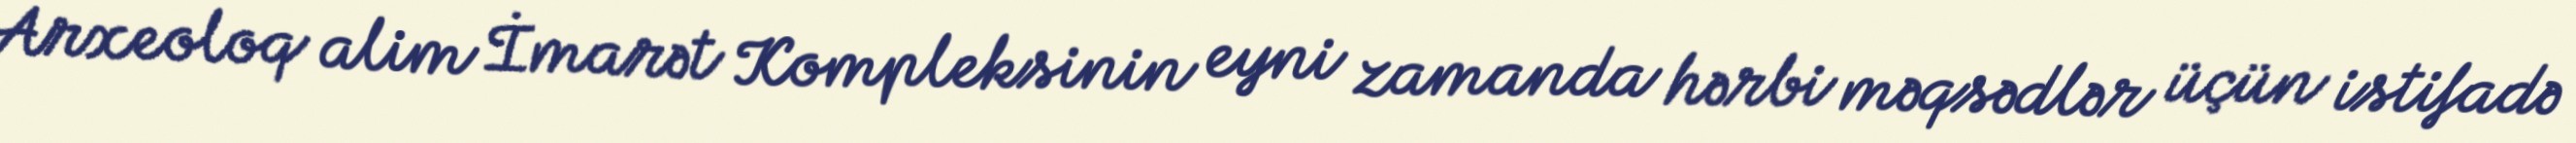
Arxeoloq alim İmarət Kompleksinin eyni zamanda hərbi məqsədlər üçün istifadə